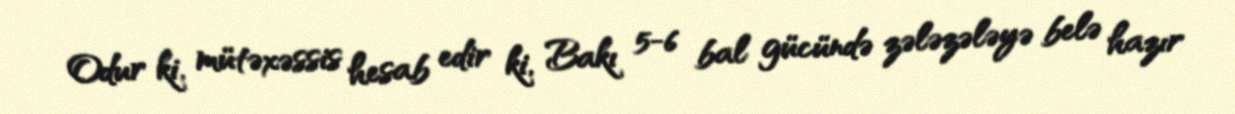
Odur ki, mütəxəssis hesab edir ki, Bakı 5-6 bal gücündə zələzələyə belə hazır